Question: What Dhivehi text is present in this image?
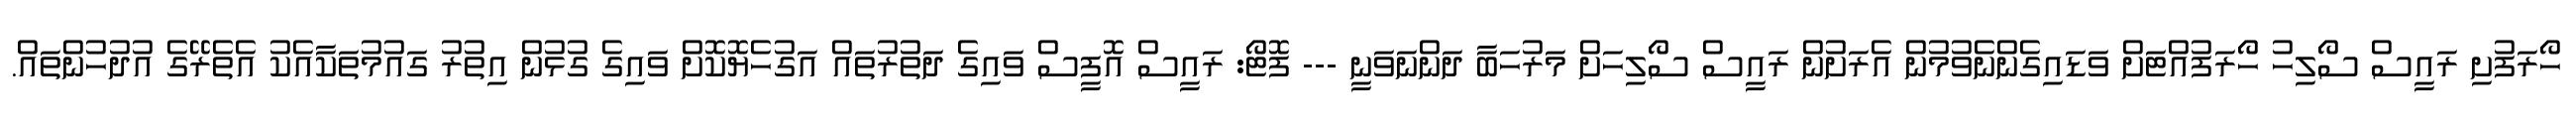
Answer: ހޯރަފުށި ރައީސް ސޯލިހު ހޯރަފުއްޓަށް ވަޑައިގެންނެވުމުން އެރަށުން ރައީސް ސޯލިހަށް މަރުހަބާ ދަންނަވަނީ --- ފޮޓޯ: ރައީސް އޮފީސް ވައިގެ ދަތުރުތައް އަގުހެޔޮކޮށް ވައިގެ ގުޅުން އިތުރު ގައުމުތަކާއެކު އެތެރޭގެ އުދުހުންތައް.